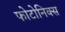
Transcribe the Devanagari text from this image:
फोटोनिक्स